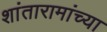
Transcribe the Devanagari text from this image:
शांतारामांच्या